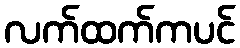
လက်ထက်ကပင်